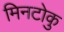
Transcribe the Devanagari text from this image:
मिनटोकु